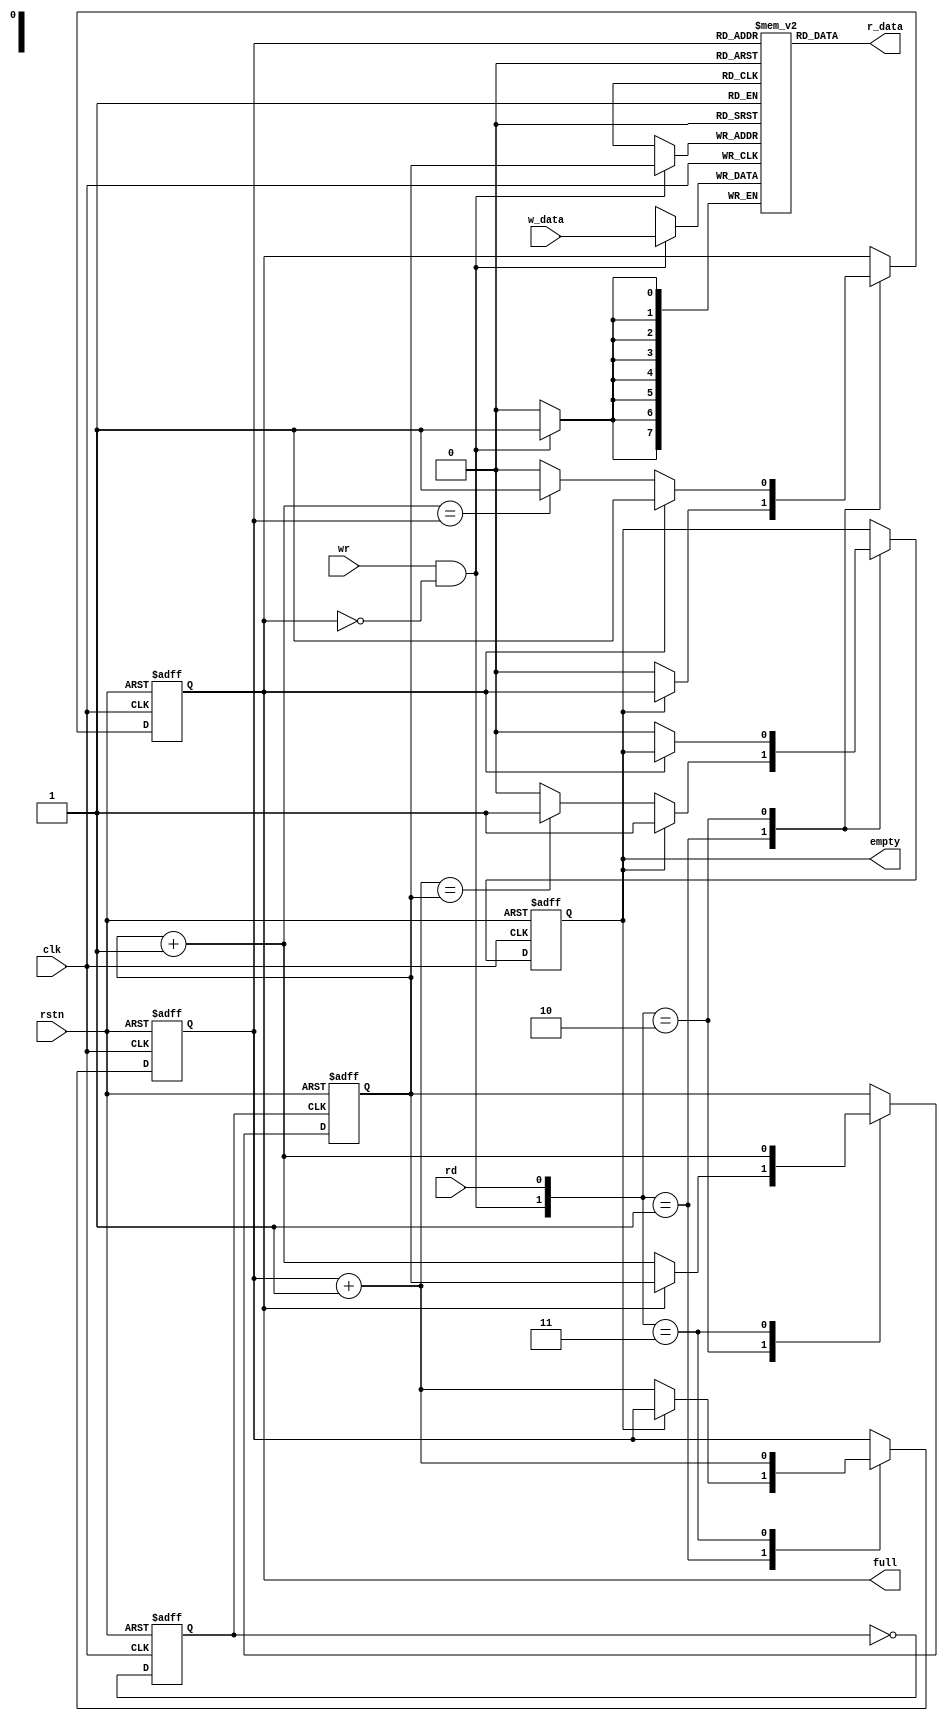
module UART_TFIFO
#(parameter DWIDTH = 8, AWIDTH = 1)
(
	input wire clk,
	input wire rstn,
	input wire rd,
	input wire wr,
	input wire [DWIDTH-1:0] w_data,
	
	output wire empty,
	output wire full,
	output wire [DWIDTH-1:0] r_data
);

	// Internal Signal declarations
	reg [DWIDTH-1:0] array_reg [2**AWIDTH-1:0];
	reg [AWIDTH-1:0] w_ptr_reg;
	reg [AWIDTH-1:0] w_ptr_next;
	reg [AWIDTH-1:0] w_ptr_succ;
	reg [AWIDTH-1:0] r_ptr_reg;
	reg [AWIDTH-1:0] r_ptr_next;
	reg [AWIDTH-1:0] r_ptr_succ;
	
	reg full_reg;
	reg empty_reg;
	reg full_next;
	
	reg empty_next;
	
	wire w_en;

	always @(posedge clk)
	if(w_en)
	begin
		array_reg[w_ptr_reg] <= w_data;
	end

	assign r_data = array_reg[r_ptr_reg];   

	assign w_en = wr & ~full_reg; 

	// State Machine
	always @(posedge clk, negedge rstn)
	begin
		if(!rstn)
		begin
			// w_ptr_reg <= 0;// original
			r_ptr_reg <= 0;
			full_reg <= 1'b0;
			empty_reg <= 1'b1;
		end
		else
		begin
			// w_ptr_reg <= w_ptr_next;// original
			r_ptr_reg <= r_ptr_next;
			full_reg <= full_next;
			empty_reg <= empty_next;
		end
	end

	// ================================================================
	reg clk_div2;

	always @(posedge clk, negedge rstn)
	begin
		if(!rstn)
		begin
			clk_div2 <= 0;
		end
		else
		begin
			clk_div2 <= ~clk_div2;
		end
	end

	always @(posedge clk_div2, negedge rstn)
	begin
		if(!rstn)
		begin
			w_ptr_reg <= 0;
		end
		else
		begin
			w_ptr_reg <= w_ptr_next;
		end
	end
	// ================================================================

	// Next State Logic
	always @(*)
	begin
		w_ptr_succ = w_ptr_reg + 1;
		r_ptr_succ = r_ptr_reg + 1;
		
		w_ptr_next = w_ptr_reg;
		r_ptr_next = r_ptr_reg;
		full_next = full_reg;
		empty_next = empty_reg;
		
		case({w_en, rd})// original
		// 2'b00: nop
		2'b01:
			if(~empty_reg)
			begin
				r_ptr_next = r_ptr_succ;
				full_next = 1'b0;
				if (r_ptr_succ == w_ptr_reg)
					empty_next = 1'b1;
			end
		2'b10:
			if(~full_reg)
			begin
				w_ptr_next = w_ptr_succ;
				empty_next = 1'b0;
				if (w_ptr_succ == r_ptr_reg)
					full_next = 1'b1;
			end
		2'b11:
			begin
			w_ptr_next = w_ptr_succ;
			r_ptr_next = r_ptr_succ;
			end
		endcase
	end

	// Set Full and Empty
	assign full = full_reg;
	assign empty = empty_reg;

endmodule